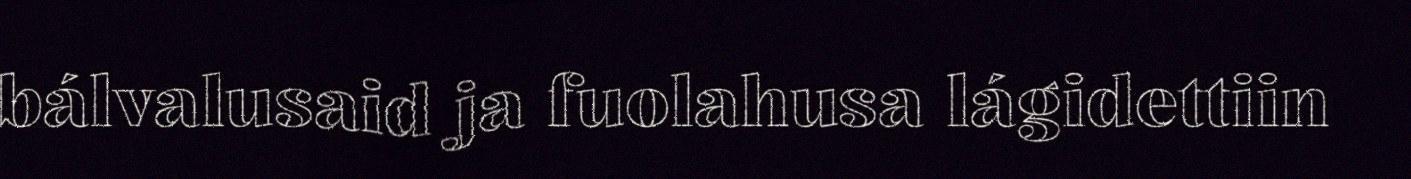
bálvalusaid ja fuolahusa lágidettiin